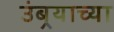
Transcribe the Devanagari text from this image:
उंबर्‍याच्या